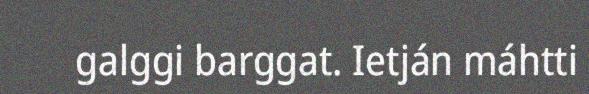
galggi barggat. Ietján máhtti